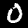
Digit: 0